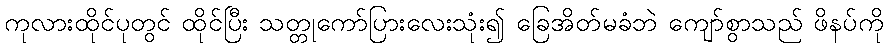
ကုလားထိုင်ပုတွင် ထိုင်ပြီး သတ္တုကော်ပြားလေးသုံး၍ ခြေအိတ်မခံဘဲ ကျော်စွာသည် ဖိနပ်ကို